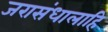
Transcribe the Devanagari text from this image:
जरासंधालाहि